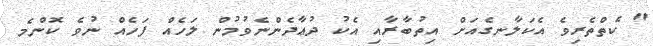
" ކެތްތެރިވެ އެކަލާނގެއަށް އިތުބާރާއި އެކު ދުޢާދެންނެވުމުން ލަހެއް ފަހެއް ނުވެ ކޮންމެ